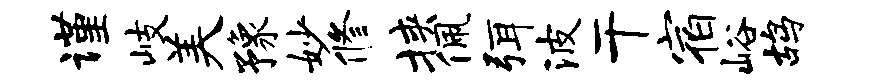
谨岐美豫妙修挟佩弭波干宿峪鸪